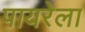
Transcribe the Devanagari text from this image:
पायरेला